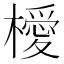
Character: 𣜬